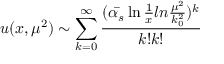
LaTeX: u ( x , \mu ^ { 2 } ) \sim \sum _ { k = 0 } ^ { \infty } \frac { ( \bar { \alpha _ { s } } \ln \frac { 1 } { x } l n \frac { \mu ^ { 2 } } { k _ { 0 } ^ { 2 } } ) ^ { k } } { k ! k ! }